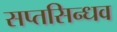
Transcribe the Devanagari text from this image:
सप्तसिन्धव